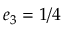
e _ { 3 } = 1 / 4